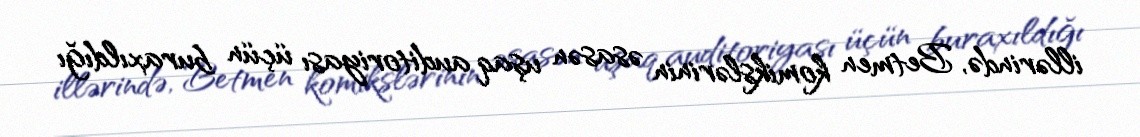
illərində, Betmen komikslərinin əsasən uşaq auditoriyası üçün buraxıldığı